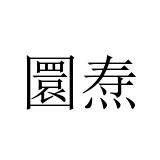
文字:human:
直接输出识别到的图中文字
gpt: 圜焘